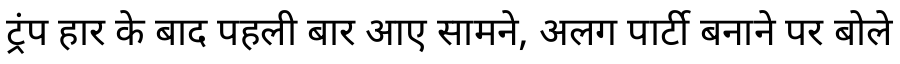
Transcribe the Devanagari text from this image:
ट्रंप हार के बाद पहली बार आए सामने, अलग पार्टी बनाने पर बोले